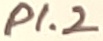
Text: P1.2